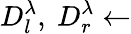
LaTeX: D_{l}^{\lambda},~D_{r}^{\lambda}\gets